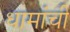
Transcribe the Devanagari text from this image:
धामांची